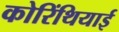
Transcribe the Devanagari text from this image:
कोरिंथियाई